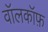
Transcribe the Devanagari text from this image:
वॉलकॉफ़